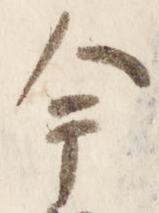
今